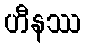
ဟီနဿ